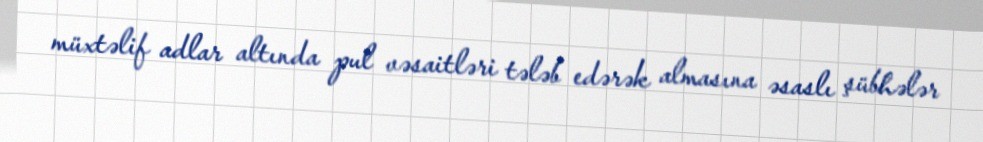
müxtəlif adlar altında pul vəsaitləri tələb edərək almasına əsaslı şübhələr